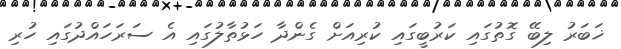
ޚަބަރު ލިބޭ ގޮތުގައި ކަރުބީގައި ކުރިއަށް ގެންދާ ހަޅުތާލުގައި އެ ސަރަހައްދުގައި ހުރި